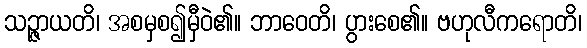
သဉ္ဇာယတိ၊ အစမှစ၍မှီဝဲ၏။ ဘာဝေတိ၊ ပွားစေ၏။ ဗဟုလီကရောတိ၊